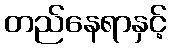
တည်နေရာနှင့်